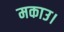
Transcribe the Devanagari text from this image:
मकाउ।